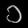
Digit: ၁